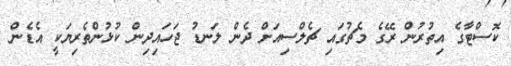
ކޮސްޓާގެ އިތުރުން ރޭގެ މެޗުގައި ޗެލްސިއަށް ދެން ލަނޑު ޖަހައިދިން ކުޅުންތެރިޔަކީ އެޑެން